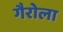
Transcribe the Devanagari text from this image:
गैरोला